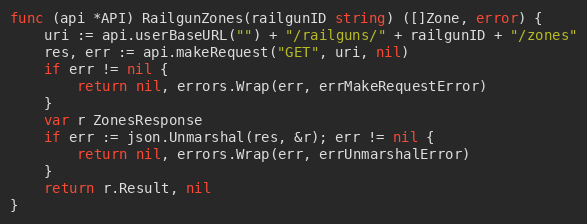
Language: Go
func (api *API) RailgunZones(railgunID string) ([]Zone, error) {
	uri := api.userBaseURL("") + "/railguns/" + railgunID + "/zones"
	res, err := api.makeRequest("GET", uri, nil)
	if err != nil {
		return nil, errors.Wrap(err, errMakeRequestError)
	}
	var r ZonesResponse
	if err := json.Unmarshal(res, &r); err != nil {
		return nil, errors.Wrap(err, errUnmarshalError)
	}
	return r.Result, nil
}